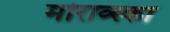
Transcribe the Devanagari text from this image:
मोराव्स्का